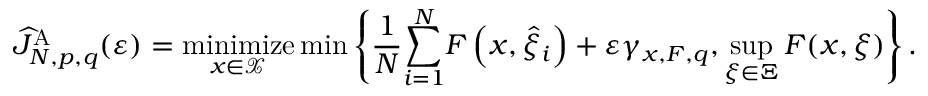
\widehat { J } _ { N , p , q } ^ { \mathrm { A } } ( \varepsilon ) = \underset { x \in \mathcal { X } } { \mathrm { m i n i m i z e } } \operatorname* { m i n } \left\{ \frac { 1 } { N } { \displaystyle \sum _ { i = 1 } ^ { N } } F \left( x , \widehat { \xi } _ { i } \right) + \varepsilon \gamma _ { x , F , q } , \operatorname* { s u p } _ { \xi \in \Xi } F ( x , \xi ) \right\} .